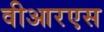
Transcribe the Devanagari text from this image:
वीआरएस